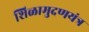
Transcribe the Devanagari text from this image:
शिळामुदणयंत्र